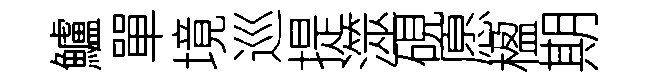
鱸單境巡提澨硯愿楹期